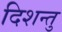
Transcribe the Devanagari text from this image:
दिशन्तु